Plague in India, 1896, 1897 - Volume 2
Year: 1896
Disease focus: Plague
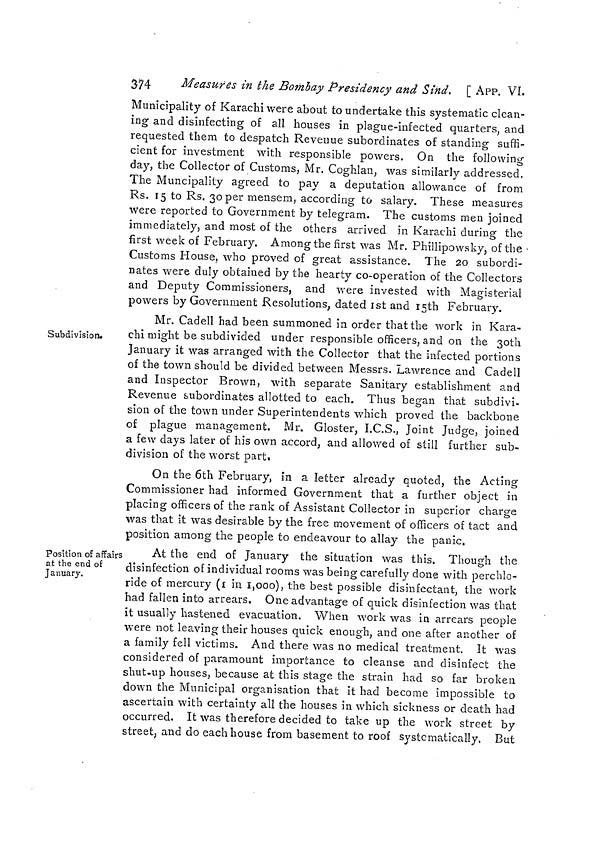
374
Measures in the Bombay Presidency and Sind. [ APP. VI.
Municipality of Karachi were about to undertake this systematic clean-
ing and disinfecting of all houses in plague-infected quarters, and
requested them to despatch Revenue subordinates of standing suffi-
cient for investment with responsible powers. On the following
day, the Collector of Customs, Mr. Coghlan, was similarly addressed.
The Muncipality agreed to pay a deputation allowance of from
Rs. 15 to Rs. 30 per mensem, according to salary. These measures
were reported to Government by telegram. The customs men joined
immediately, and most of the others arrived in Karachi during the
first week of February. Among the first was Mr. Phillipowsky, of the •
Customs House, who proved of great assistance. The 20 subordi-
nates were duly obtained by the hearty co-operation of the Collectors
and Deputy Commissioners, and were invested with Magisterial
powers by Government Resolutions, dated 1st and 15th February.
Subdivision»
Mr. Cadell had been summoned in order that the work in Kara-
chi might be subdivided under responsible officers, and on the 30th
January it was arranged with the Collector that the infected portions
of the town should be divided between Messrs. Lawrence and Cadell
and Inspector Brown, with separate Sanitary establishment and
Revenue subordinates allotted to each. Thus began that subdivi-
sion of the town under Superintendents which proved the backbone
of plague management. Mr. Gloster, I.C.S., Joint Judge, joined
a few days later of his own accord, and allowed of still further sub-
division of the worst part.
On the 6th February, in a letter already quoted, the Acting
Commissioner had informed Government that a further object in
placing officers of the rank of Assistant Collector in superior charge
was that it was desirable by the free movement of officers of tact and
position among the people to endeavour to allay the panic.
Position of affairs
at the end of
January.
¡
At the end of January the situation was this. Though the
disinfection of individual rooms was being carefully done with perchlo-
ride of mercury (1 in 1,000), the best possible disinfectant, the work
had fallen into arrears. One advantage of quick disinfection was that
it usually hastened evacuation. When work was in arrears people
were not leaving their houses quick enough, and one after another of
a family fell victims. And there was no medical treatment. It was
considered of paramount importance to cleanse and disinfect the
shut-up houses, because at this stage the strain had so far broken
down the Municipal organisation that it had become impossible to
ascertain with certainty all the houses in which sickness or death had
occurred. It was therefore decided to take up the work street by
street, and do each house from basement to roof systematically. But